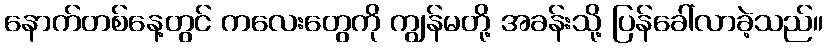
နောက်တစ်နေ့တွင် ကလေးတွေကို ကျွန်မတို့ အခန်းသို့ ပြန်ခေါ်လာခဲ့သည်။